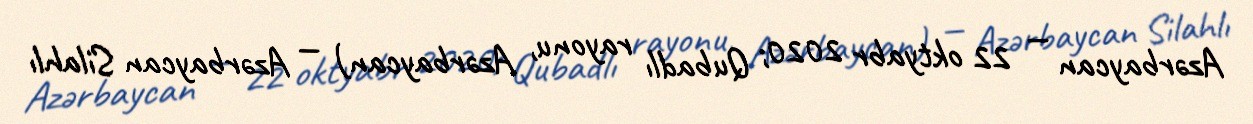
Azərbaycan — 22 oktyabr 2020; Qubadlı rayonu, Azərbaycan) — Azərbaycan Silahlı